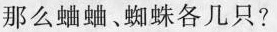
那么蛐蛐、蜘蛛各几只?